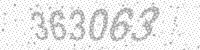
Solution: 363063